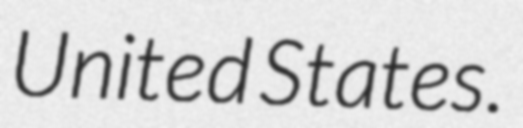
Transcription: United States.